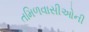
તમિળવાસીઓની